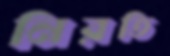
নিরতি